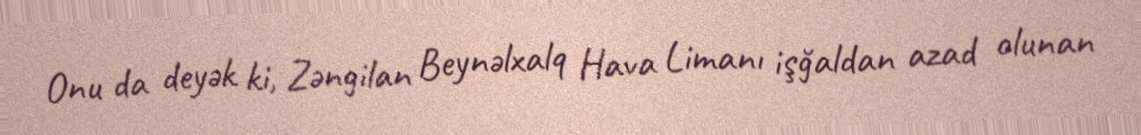
Onu da deyək ki, Zəngilan Beynəlxalq Hava Limanı işğaldan azad olunan